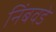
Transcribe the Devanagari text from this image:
निंबवडे